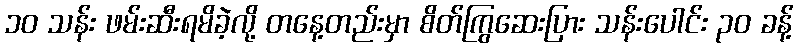
၁၀ သန်း ဖမ်းဆီးရမိခဲ့လို့ တနေ့တည်းမှာ စိတ်ကြွဆေးပြား သန်းပေါင်း ၃၀ ခန့်